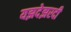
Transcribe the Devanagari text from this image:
यझदेझरदी